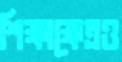
শিক্ষাক্ষেত্রও